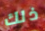
ذلك